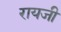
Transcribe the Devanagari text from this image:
रायजी